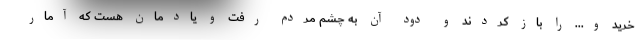
خرید و... را باز کردند و دود آن به چشم مردم رفت و یادمان هست که آمار